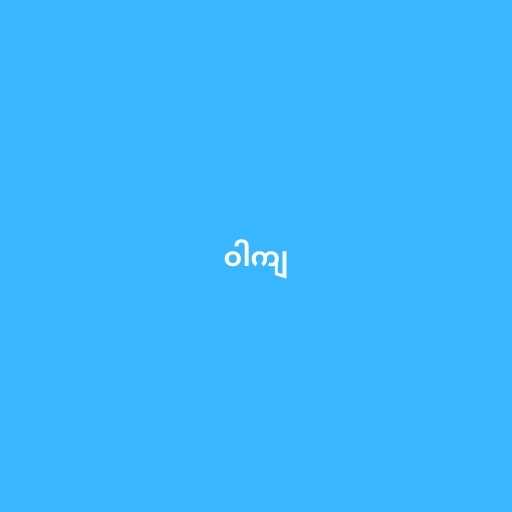
ဝါကျ